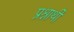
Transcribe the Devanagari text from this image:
प्रश्नार्थी